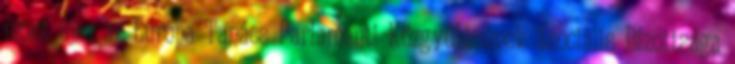
most újra az Európa Tanács Parlamenti Közgyűlésének Szociális Bizottsága